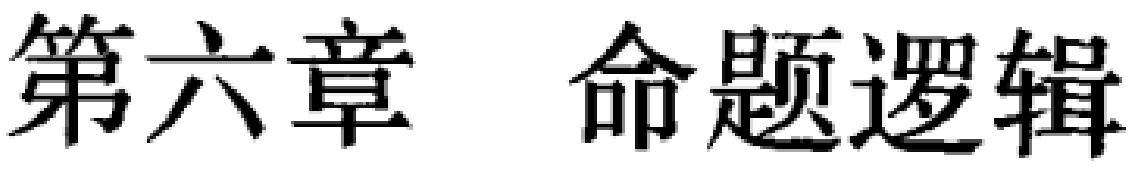
第六章 命题逻辑